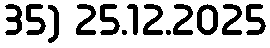
35) 25.12.2025